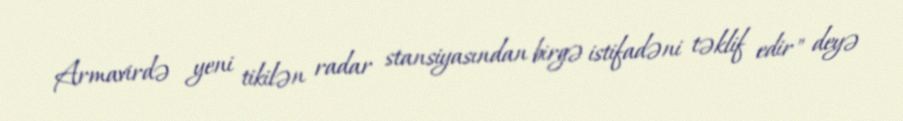
Armavirdə yeni tikilən radar stansiyasından birgə istifadəni təklif edir" deyə